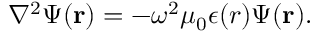
\begin{array} { r } { \nabla ^ { 2 } { \Psi } ( { \bf r } ) = - \omega ^ { 2 } \mu _ { 0 } \epsilon ( r ) { \Psi } ( { \bf r } ) . } \end{array}